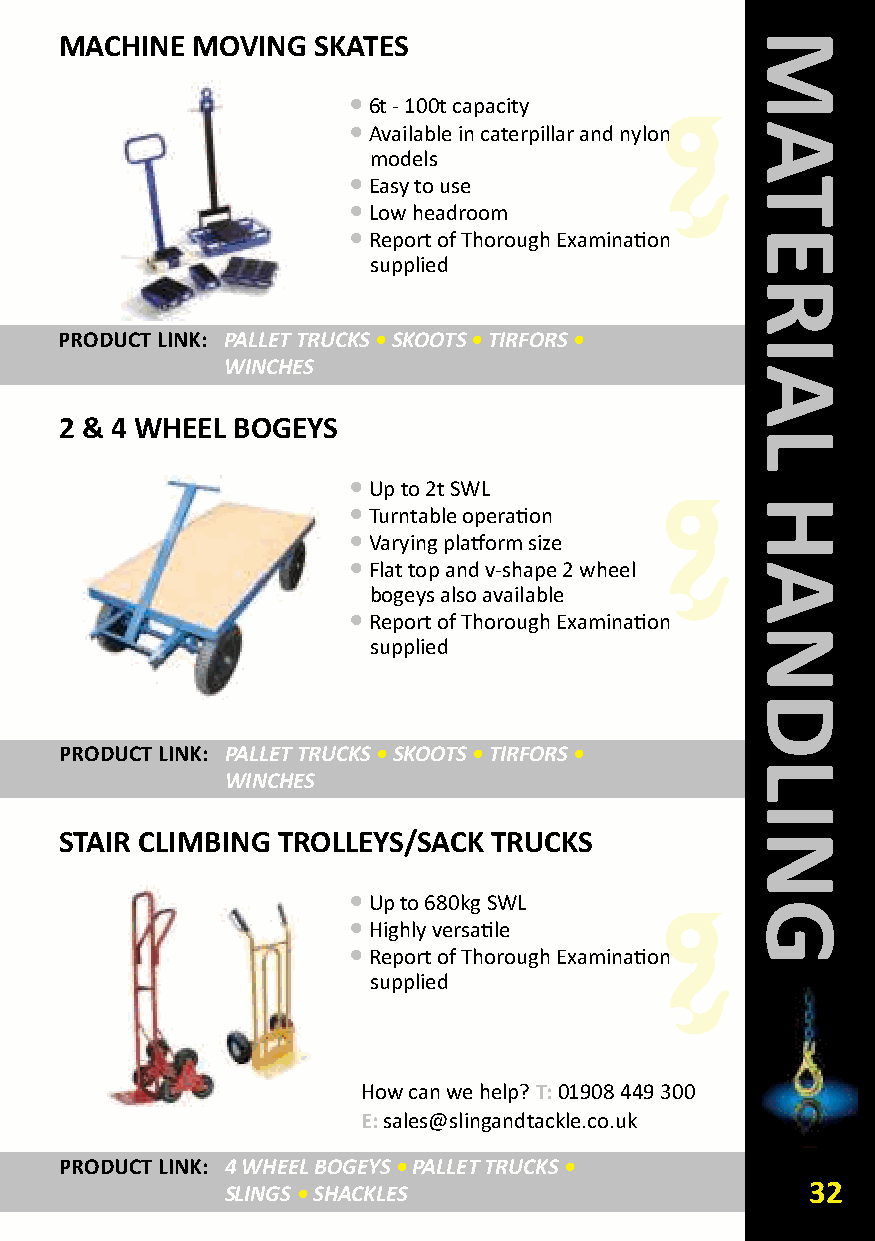
MACHINE  MOVING  SkATES
 •6t - 100t capacity
 •Available in caterpillar and nylon
 models
 •Easy to use
 •Low headroom
 •Report of Thorough Examination
 supplied
 PRODUCT LINk: PALLET TRUCKS•SKOOTS•TIRFORS •
 WINCHES
 2 & 4 WHEEL BOGEYS
 •Up to 2t SWL
 •Turntable operation
 •Varying platform size
 •Flat top and v-shape 2 wheel
 bogeys also available
 •Report of Thorough Examination
 supplied
 PRODUCT LINk: PALLET TRUCKS•SKOOTS•TIRFORS •
 WINCHES
 STAIR CLIMBING TROLLEYS/SACk TRUCkS
 •Up to 680kg SWL
 •Highly versatile
 •Report of Thorough Examination
 supplied
 How can we help? T:01908 449 300
 E:sales@slingandtackle.co.uk
 PRODUCT LINk: 4 WHEEL BOGEYS•PALLET TRUCKS•
 SLINGS •SHACKLES                      32
 MATERIAL
 HANDLING